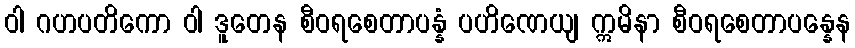
ဝါ ဂဟပတိကော ဝါ ဒူတေန စီဝရစေတာပန္နံ ပဟိဏေယျ ဣမိနာ စီဝရစေတာပန္နေန